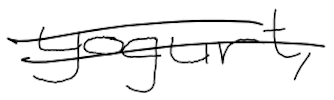
Text: yogurt,
Cross-out: double-line
Writing tool: digital_black